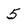
Character: 5